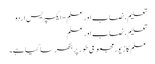
تعلیم، نصاب اور علم - ایکسپریس اردو
تعلیم، نصاب اور علم
علم کا زیور مجموعی طور پر بکھرسا گیا ہے۔